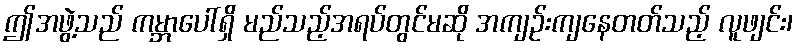
ဤအဖွဲ့သည် ကမ္ဘာပေါ်ရှိ မည်သည့်အရပ်တွင်မဆို အကျဉ်းကျနေတတ်သည့် လူဖျင်း၊